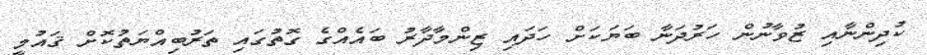
ކުދިންނާއި ޒުވާނުން ހަރުދަނާ ބަޔަކަށް ހަދައި ޒިންމާދާރު ބައެއްގެ ގޮތުގައި ތަރުބިއްޔަތުކޮށް ޤައުމީ